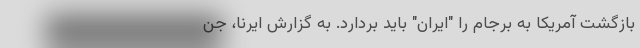
بازگشت آمریکا به برجام را "ایران" باید بردارد. به گزارش ایرنا، جن